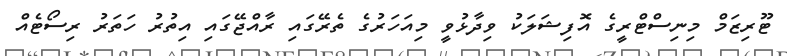
ޓޫރިޒަމް މިނިސްޓްރީގެ އޮފިޝަލަކު ވިދާޅުވީ މިއަހަރުގެ ތެރޭގައި ރާއްޖޭގައި އިތުރު ހަތަރު ރިސޯޓެއް